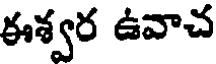
ఈశ్వర ఉవాచ